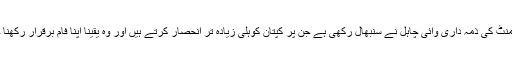
اسپین ڈپارٹمنٹ کی ذمہ داری وائی چاہل نے سنبھال رکھی ہے جن پر کپتان کوہلی زیادہ تر انحصار کرتے ہیں اور وہ یقینا اپنا فام برقرار رکھنا چاہیں گے ۔